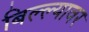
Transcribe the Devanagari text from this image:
बिल्ल्यावर